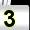
Digit: 3